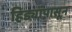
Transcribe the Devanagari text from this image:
हिड्यांपासून